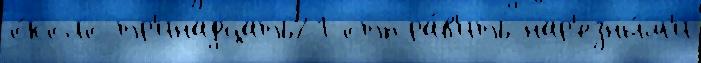
о́коло тр'инадцать21 отпра́в'ить нар'езны́м'и